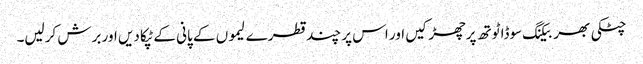
چٹکی بھر بیکنگ سوڈا ٹوتھ پرچھڑکیں اور اس پر چند قطرے لیموں کے پانی کے ٹپکا دیں اور برش کرلیں۔